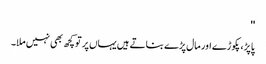
''
پاپڑ، پکوڑے اور مال پڑے بناتے ہیں یہاں پر تو کچھ بھی نہیں ملا۔